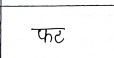
मजकूर: फट